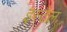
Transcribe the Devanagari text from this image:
इस्टेल